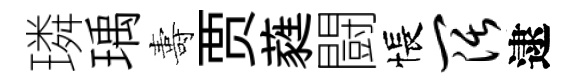
璘瑀夀贾蕤闘悵阔逮